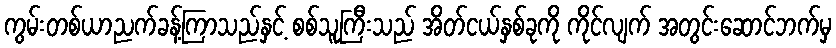
ကွမ်းတစ်ယာညက်ခန့်ကြာသည်နှင့် စစ်သူကြီးသည် အိတ်ငယ်နှစ်ခုကို ကိုင်လျက် အတွင်းဆောင်ဘက်မှ